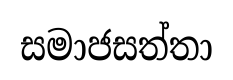
සමාජසත්තා